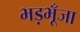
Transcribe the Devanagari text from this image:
भड़भूँजा